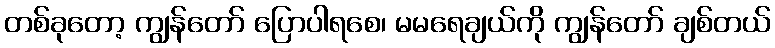
တစ်ခုတော့ ကျွန်တော် ပြောပါရစေ၊ မမရေချယ်ကို ကျွန်တော် ချစ်တယ်